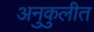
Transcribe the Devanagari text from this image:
अनुकुलीत